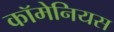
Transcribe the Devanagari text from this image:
कॉमेनियस